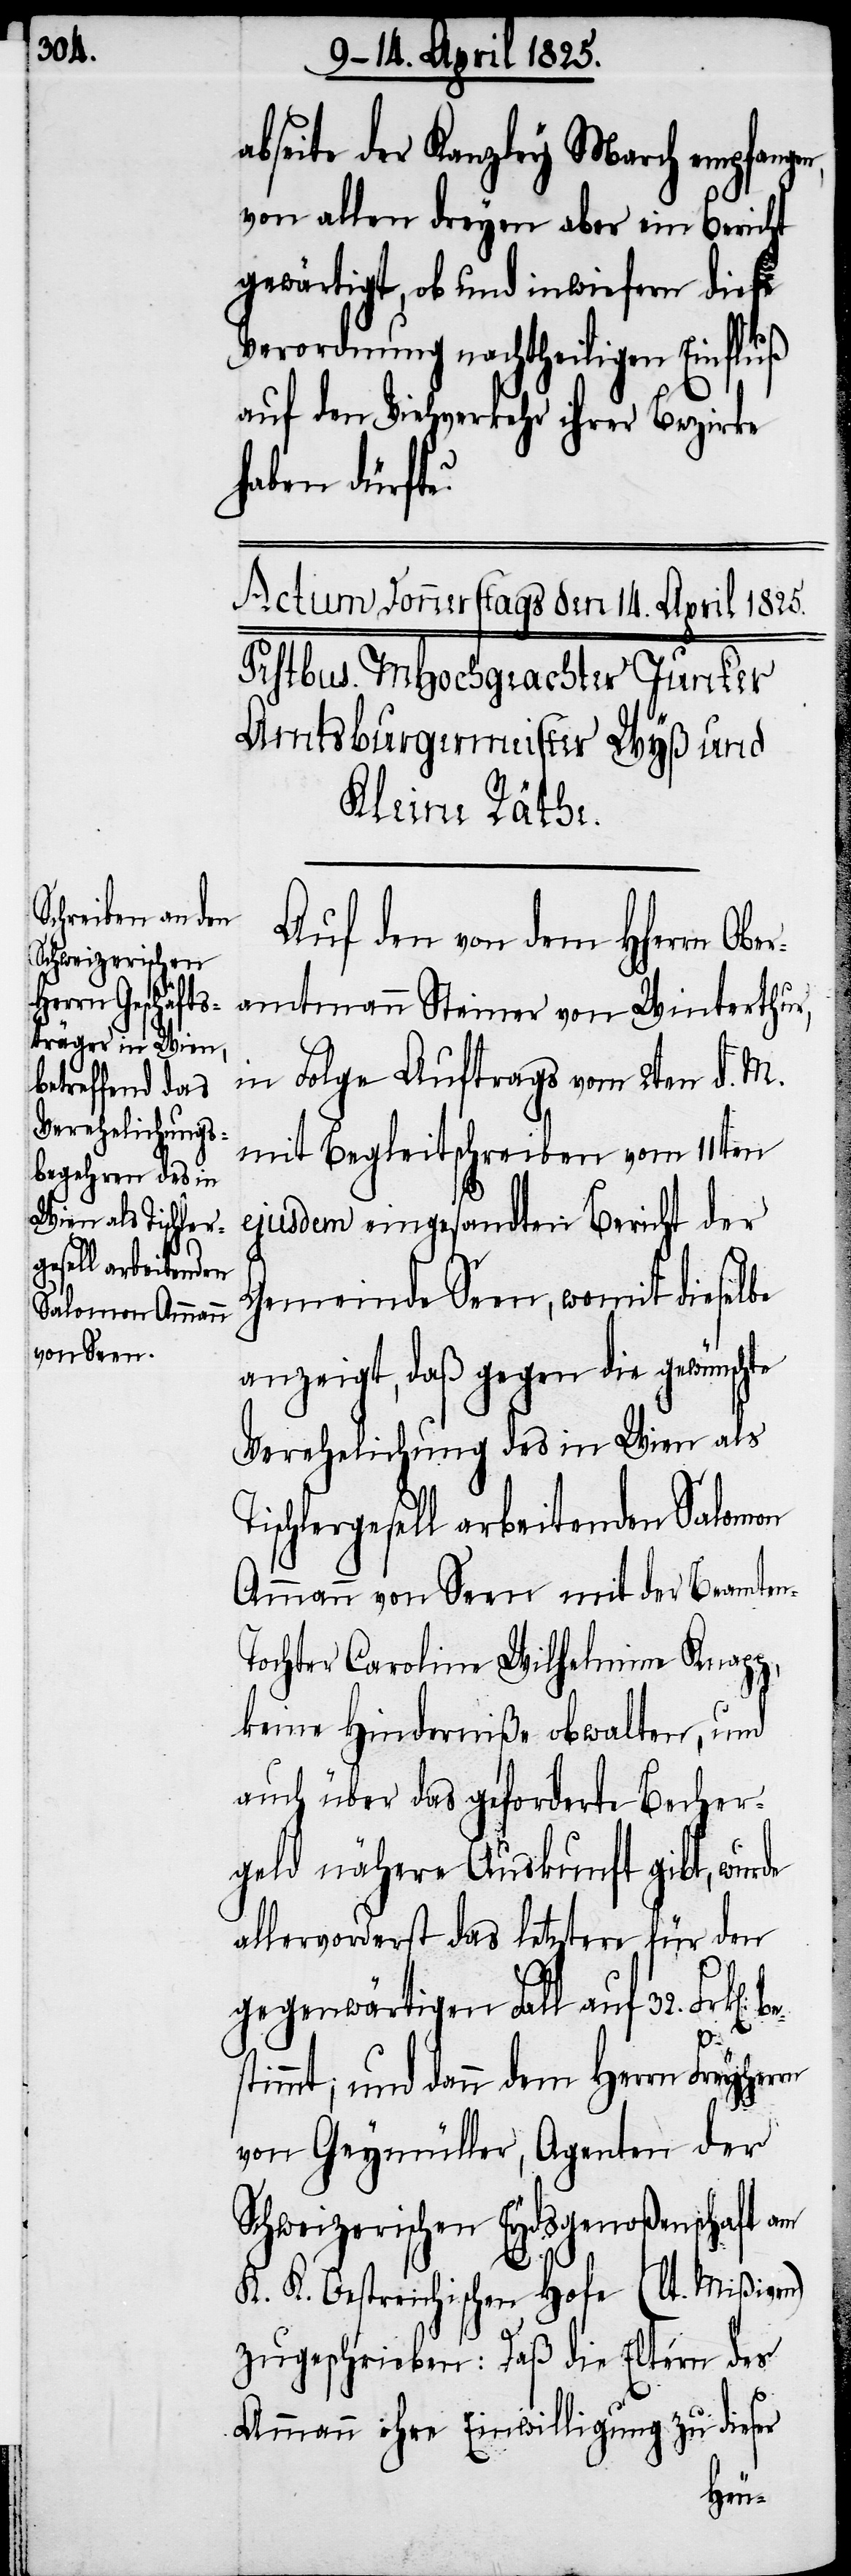
abseite der Kanzley March empfan¬
von allen dreyen aber ein Bericht
gewärtigt, ob und inwiefern diese
Verordnung nachtheiligen Einfluß
auf den Viehverkehr ihrer Bezirke
haben dürfte?
Auf den von dem Hherrn Ober¬
amtmann Steiner von Winterthur,
in Folge Auftrags vom 2ten d. M.
mit Begleitschreiben vom 11ten
ejusdem eingesandten Bericht der
Gemeinde Seen, womit dieselbe
anzeigt, daß gegen die gewünschte
Verehelichung des in Wien als
schlergesell arbeitenden Salomon
Ammann von Seen mit der Beamte¬
ochter Caroline Wilhelmine Knapp,
keine Hinderniße obwalten, und
auch über das geforderte Becher¬
geld nähere Auskunft gibt, wurde
allervorderst das letztere für den
gegenwärtigen Fall auf 32.
timmt, und dann dem Herrn
von Geymüller, Agenten der
Schweizerischen Eydsgenoßenschaft am
K. K. Oestreichischen Hofe (lt. Mißiven)
zugeschrieben: Daß die Eltern des
Ammann ihre Einwilligung zu dieser
bes¬